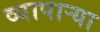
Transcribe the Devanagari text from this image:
व्यापाऱ्या